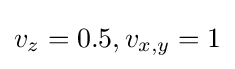
v_{z}=0.5,v_{x,y}=1